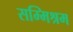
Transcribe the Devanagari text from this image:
सम्मिश्रम